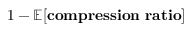
1 - \mathbb { E } [ \mathbf { c o m p r e s s i o n ~ r a t i o } ]